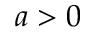
a > 0